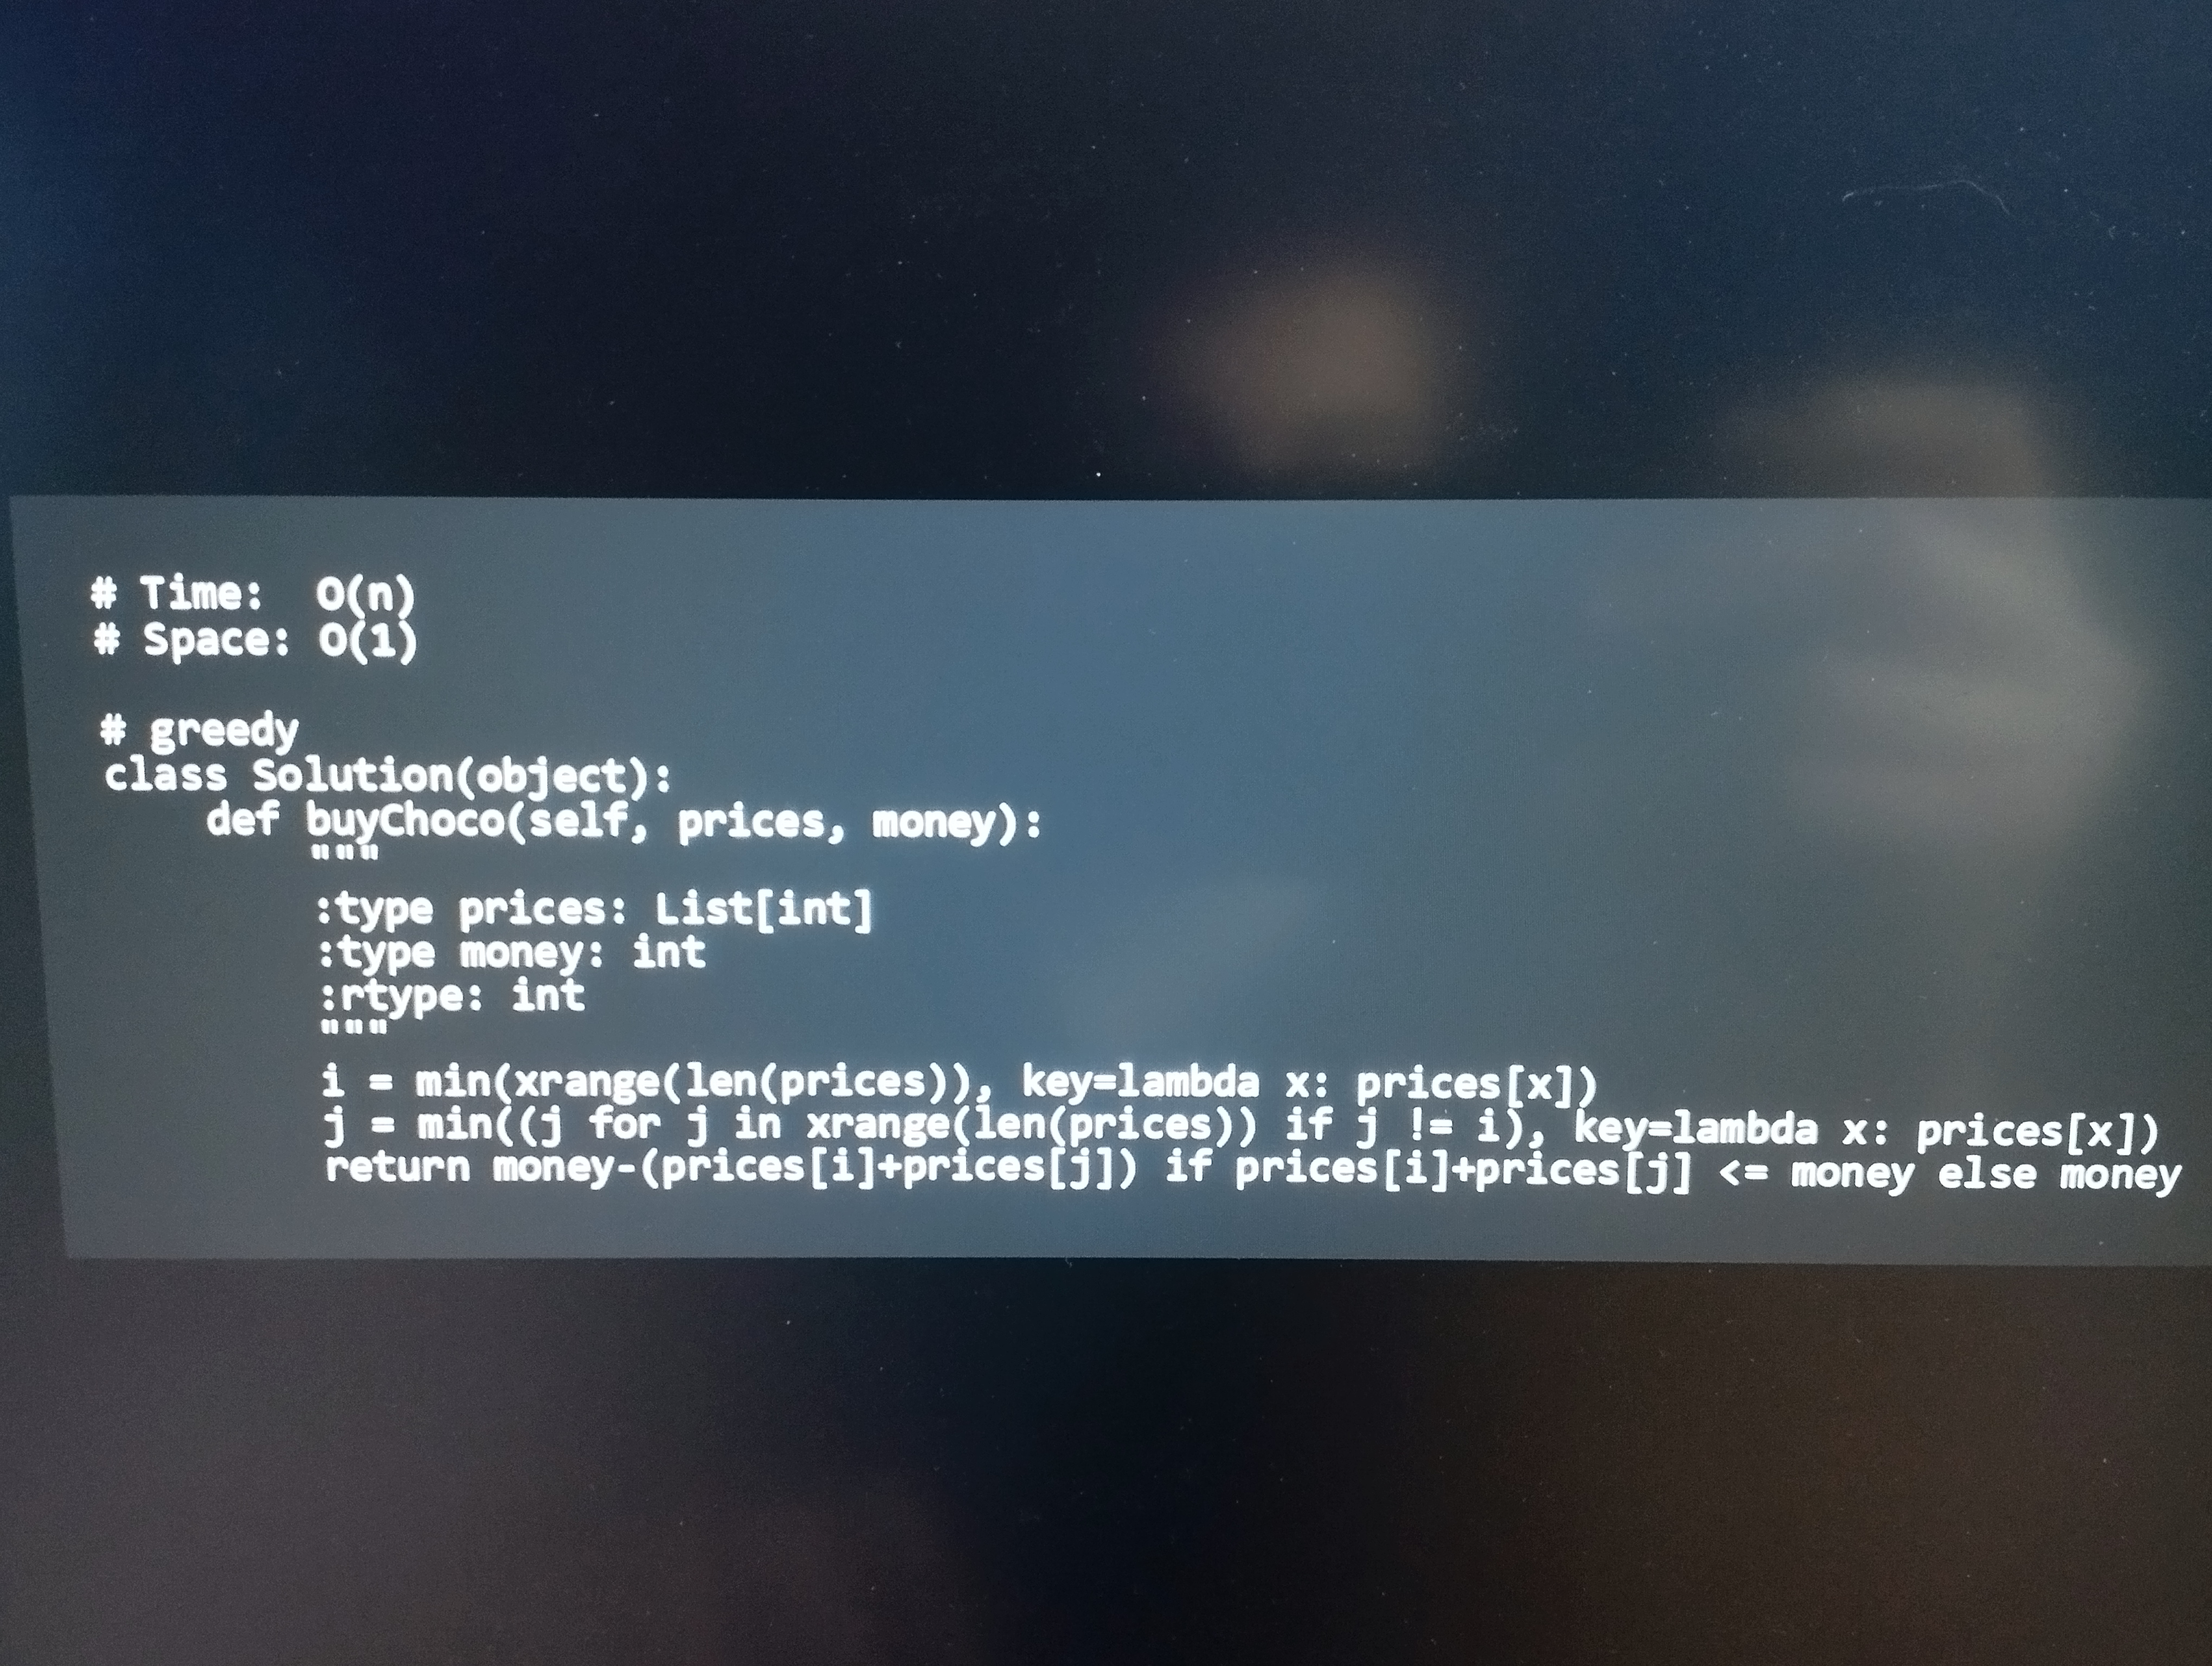
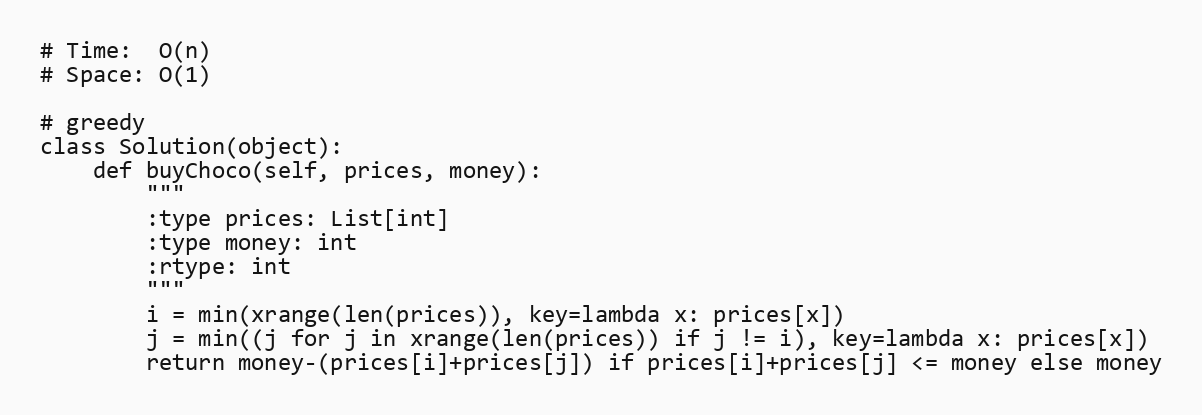
# Time:  O(n)
# Space: O(1)

# greedy
class Solution(object):
    def buyChoco(self, prices, money):
        """
        :type prices: List[int]
        :type money: int
        :rtype: int
        """
        i = min(xrange(len(prices)), key=lambda x: prices[x])
        j = min((j for j in xrange(len(prices)) if j != i), key=lambda x: prices[x])
        return money-(prices[i]+prices[j]) if prices[i]+prices[j] <= money else money